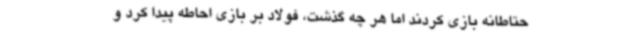
حتاطانه بازی کردند اما هر چه گذشت، فولاد بر بازی احاطه پیدا کرد و